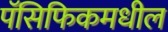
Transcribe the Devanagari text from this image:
पॅसिफिकमधील